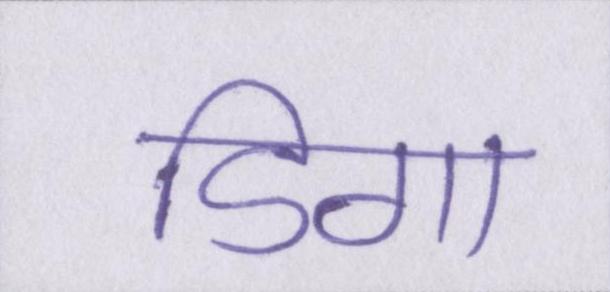
डिगा